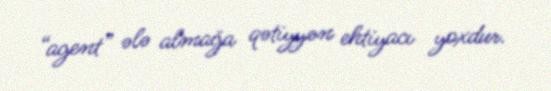
“agent” ələ almağa qətiyyən ehtiyacı yoxdur.